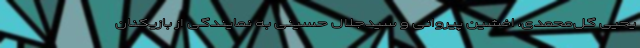
یحیی گل‌محمدی، افشین پیروانی و سیدجلال حسینی به نمایندگی از بازیکنان